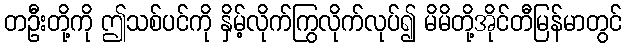
တဦးတို့ကို ဤသစ်ပင်ကို နှိမ့်လိုက်ကြွလိုက်လုပ်၍ မိမိတို့အိုင်တီမြန်မာတွင်